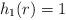
LaTeX: \begin{align*} h_1(r)=1 \end{align*}